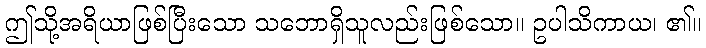
ဤသို့အရိယာဖြစ်ပြီးသော သဘောရှိသူလည်းဖြစ်သော။ ဥပါသိကာယ၊ ၏။